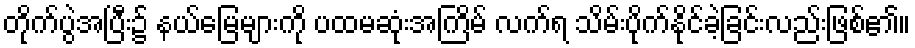
တိုက်ပွဲအပြီး၌ နယ်မြေများကို ပထမဆုံးအကြိမ် လက်ရ သိမ်းပိုက်နိုင်ခဲ့ခြင်းလည်းဖြစ်၏။